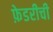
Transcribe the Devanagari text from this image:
फ़ेडरीची